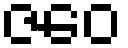
ဇဝေ